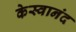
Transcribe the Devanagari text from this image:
केस्वानंद